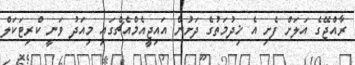
ރާއްޖޭގެ އަލަށް ފެށި އެ ޚިދުމަތުގެ ދަށުން އައިޖީއެމްއެޗްގައި މިއަދު ވަނީ ކްރިޓަކަލް